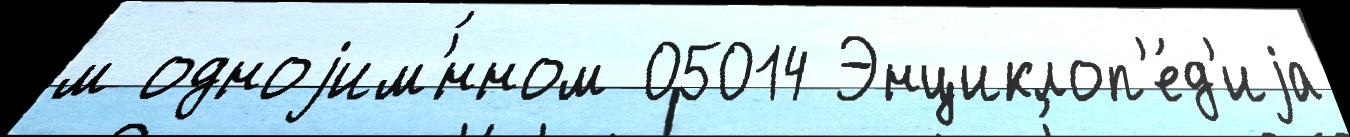
м одноjим'́нном 05014 Энциклоп'е́д'иjа